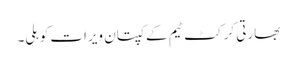
بھارتی کرکٹ ٹیم کےکپتان ویرات کوہلی۔